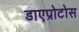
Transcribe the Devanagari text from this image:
डाएप्रोटोस